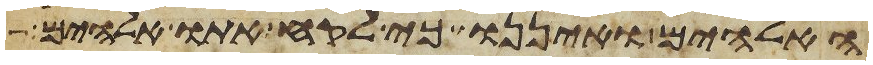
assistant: האלהים ואיננו כי לקח אתו אלהים